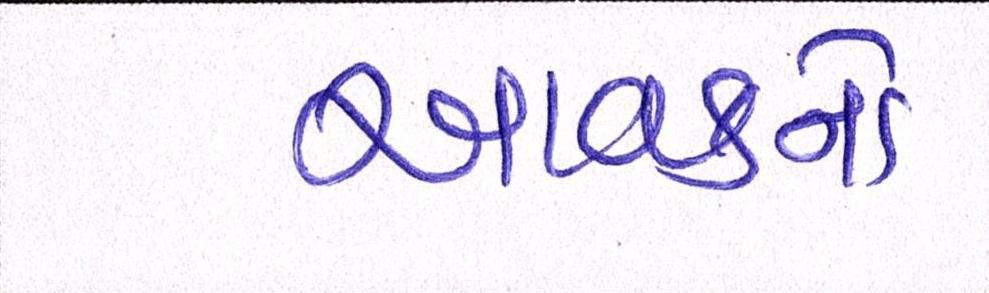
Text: આવકનો